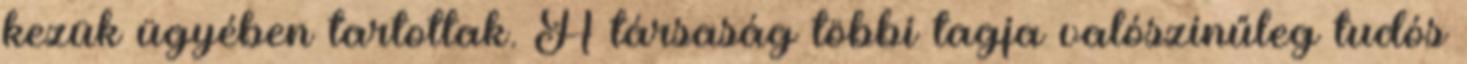
kezük ügyében tartottak. A társaság többi tagja valószínűleg tudós